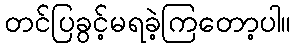
တင်ပြခွင့်မရခဲ့ကြတော့ပါ။